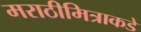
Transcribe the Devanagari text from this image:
मराठीमित्राकडे